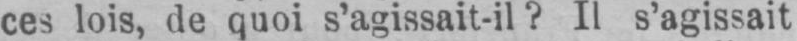
ces lois, de quoi s’agissait-il? Il s’agissait